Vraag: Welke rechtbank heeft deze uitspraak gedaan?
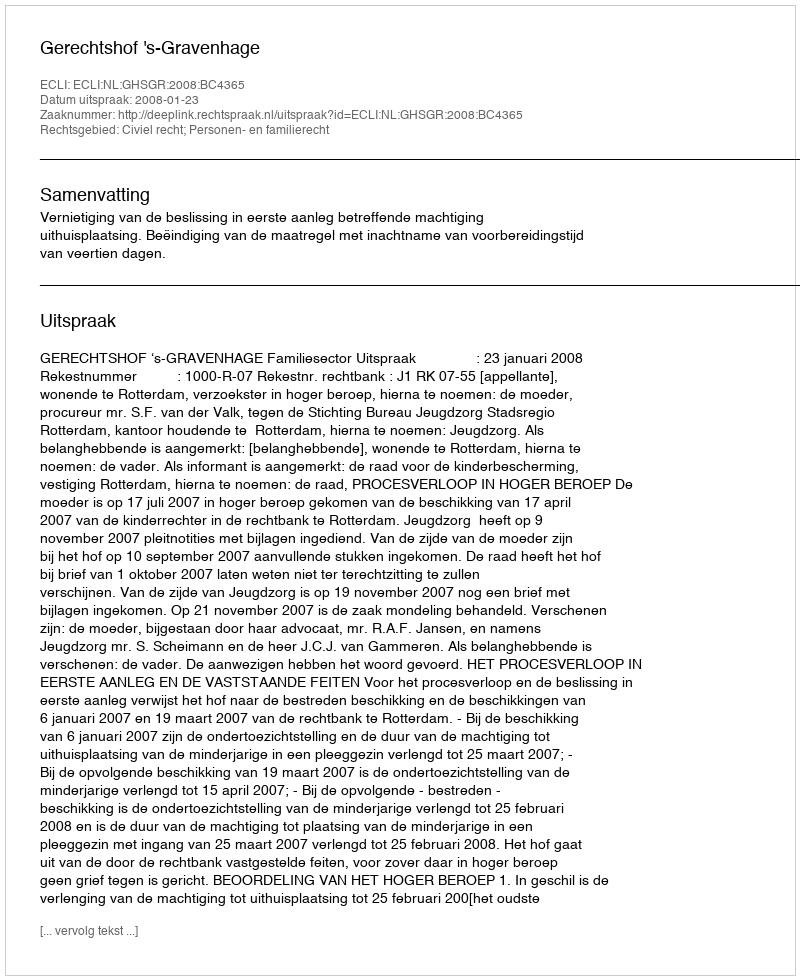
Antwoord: Gerechtshof 's-Gravenhage